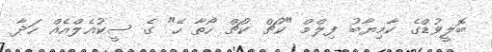
ބޮލީވުޑްގެ ކާމިޔާބު ފިލްމް "ކުޗް ކުޗް ހޯތާ ހޭ" ގެ ސީކުއެލްއެއް ހަދާ